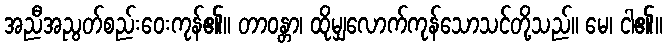
အညီအညွတ်စည်းဝေးကုန်၏။ တာဝန္တာ၊ ထိုမျှလောက်ကုန်သောသင်တို့သည်။ မေ၊ ငါ၏။